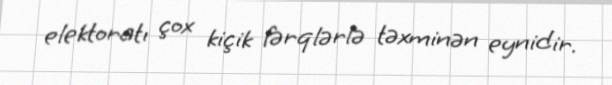
elektoratı çox kiçik fərqlərlə təxminən eynidir.